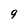
Character: 9